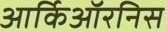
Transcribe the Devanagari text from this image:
आर्किऑरनिस